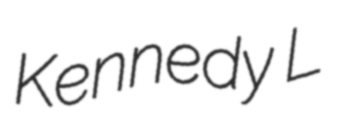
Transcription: Kennedy L